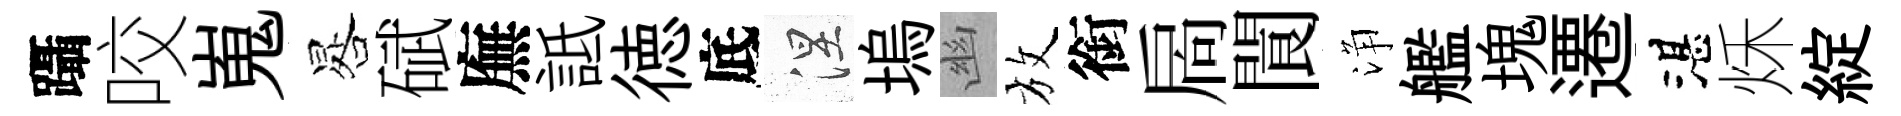
躡咬嵬晷碔廡詆徳底涅塢幽放銜扄閬浄艦塊遷湛秌綻